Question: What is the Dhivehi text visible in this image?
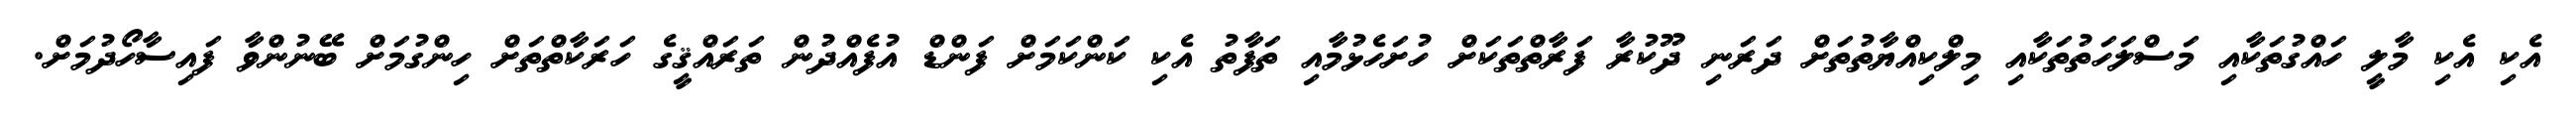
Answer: އެކި އެކި މާލީ ހައްގުތަކާއި މަސްލަހަތުތަކާއި މިލްކިއްޔާތުތަށް ދަރަނި ދޫކުރާ ފަރާތްތަކަށް ހުށަހެޅުމާއި ތަފާތު އެކި ކަންކަމަށް ފަންޑް އުފެއްދުން ތަރައްޤީގެ ހަރަކާތްތަށް ހިންގުމަށް ބޭނުންވާ ފައިސާހޯދުމަށް.